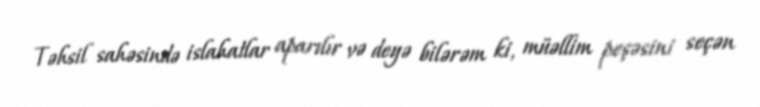
Təhsil sahəsində islahatlar aparılır və deyə bilərəm ki, müəllim peşəsini seçən